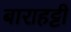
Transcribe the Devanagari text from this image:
बाराहट्टी